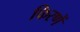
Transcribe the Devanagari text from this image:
फिरणें